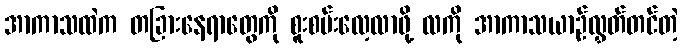
အာကာသထဲက တခြားနေရာတွေကို စူးစမ်းလေ့လာဖို့ လကို အာကာသယာဉ်လွှတ်တင်တဲ့